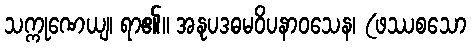
သက္ကုဏေယျ၊ ရာ၏။ အနုပဒဓမဝိပနာဝသေန၊ (ဖဿစသော